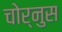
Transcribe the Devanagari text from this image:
चोर्नुस